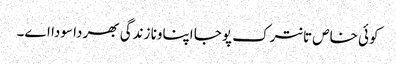
کوئی خاص تانترک پوجا اپناونا زندگی بھر دا سودا اے۔